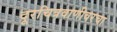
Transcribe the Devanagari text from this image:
दूरचित्रवाणीवरचा